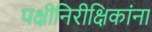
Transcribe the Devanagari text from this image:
पक्षीनिरीक्षिकांना